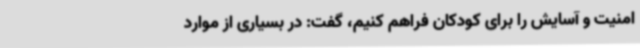
امنیت و آسایش را برای کودکان فراهم کنیم، گفت: در بسیاری از موارد